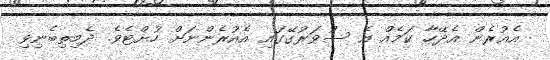
އެއުރެން އެދޭހާ ކަމެއް އެ ސުވަރުގޭގައި އެއުރެންނަށް ހުށްޓެވެ. ދެމިތިބެނިވި